Treatise on elephants
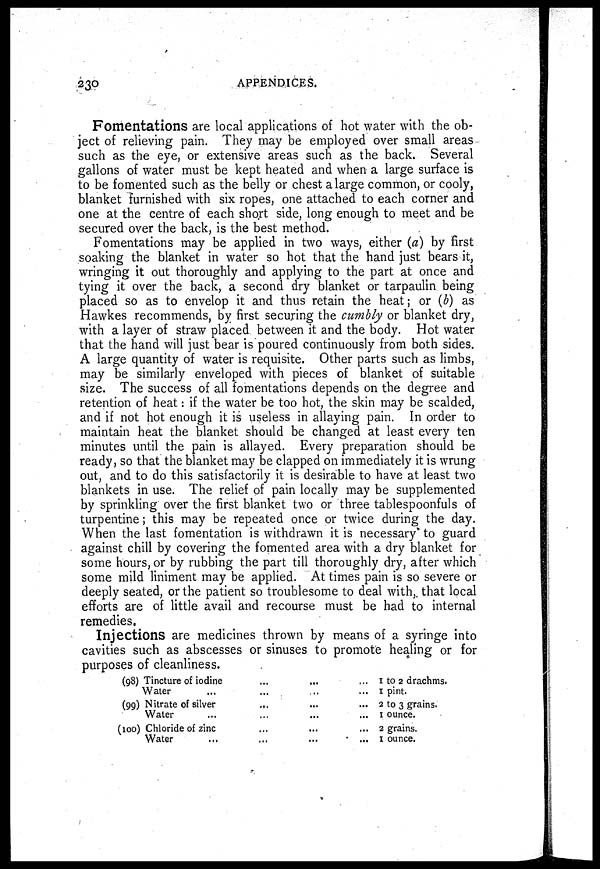
230
APPENDICES.
Fomentations are local applications of hot water with the ob-
ject of relieving pain. They may be employed over small areas
such as the eye, or extensive areas such as the back. Several
gallons of water must be kept heated and when a large surface is
to be fomented such as the belly or chest a large common, or cooly,
blanket furnished with six ropes, one attached to each corner and
one at the centre of each short side, long enough to meet and be
secured over the back, is the best method.
Fomentations may be applied in two ways, either (a) by first
soaking the blanket in water so hot that the hand just bears it,
wringing it out thoroughly and applying to the part at once and
tying it over the back, a second dry blanket or tarpaulin being
placed so as to envelop it and thus retain the heat; or (b) as
Hawkes recommends, by first securing the cumbly or blanket dry,
with a layer of straw placed between it and the body. Hot water
that the hand will just bear is poured continuously from both sides.
A large quantity of water is requisite. Other parts such as limbs,
may be similarly enveloped with pieces of blanket of suitable
size. The success of all fomentations depends on the degree and
retention of heat: if the water be too hot, the skin may be scalded,
and if not hot enough it is useless in allaying pain. In order to
maintain heat the blanket should be changed at least every ten
minutes until the pain is allayed. Every preparation should be
ready, so that the blanket may be clapped on immediately it is wrung
out, and to do this satisfactorily it is desirable to have at least two
blankets in use. The relief of pain locally may be supplemented
by sprinkling over the first blanket two or three tablespoonfuls of
turpentine; this may be repeated once or twice during the day.
When the last fomentation is withdrawn it is necessary to guard
against chill by covering the fomented area with a dry blanket for
some hours, or by rubbing the part till thoroughly dry, after which
some mild liniment may be applied. At times pain is so severe or
deeply seated, or the patient so troublesome to deal with, that local
efforts are of little avail and recourse must be had to internal
remedies.
Injections are medicines thrown by means of a syringe into
cavities such as abscesses or sinuses to promote healing or for
purposes of cleanliness.
(98)
(99)
(100)
Tincture of iodine
Water
Nitrate of silver
Water
Chloride of zinc
Water
...
...
...
...
...
...
...
...
...
1 to 2 drachms.
1 pint.
2 to 3 grains.
1 ounce.
2 grains.
1 ounce.